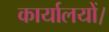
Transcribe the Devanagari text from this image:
कार्यालयों।